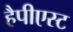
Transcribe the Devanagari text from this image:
हैपीएस्ट